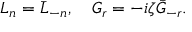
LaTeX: L _ { n } = \bar { L } _ { - n } , ~ ~ ~ G _ { r } = - i \zeta \bar { G } _ { - r } .